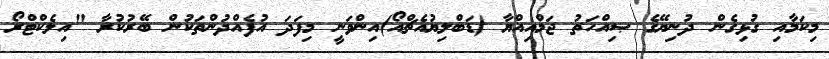
މިކަމާއި ގުޅިގެން ދުނިޔޭގެ ޞިއްހަތު ޖަމްއިއްޔާ (ޑަބްލިޔުއެޗްއޯ)އިންވަނީ މިފަދަ އުފެއްދުންތަކުން ބޭރުކުރާ "އިލެކްޓްރޯ